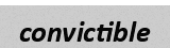
convictible